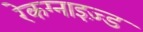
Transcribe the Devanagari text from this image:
रेकग्नाइज़्ड